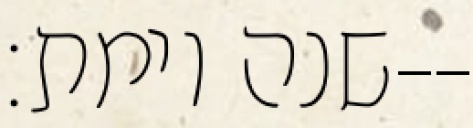
שנה וימת׃--